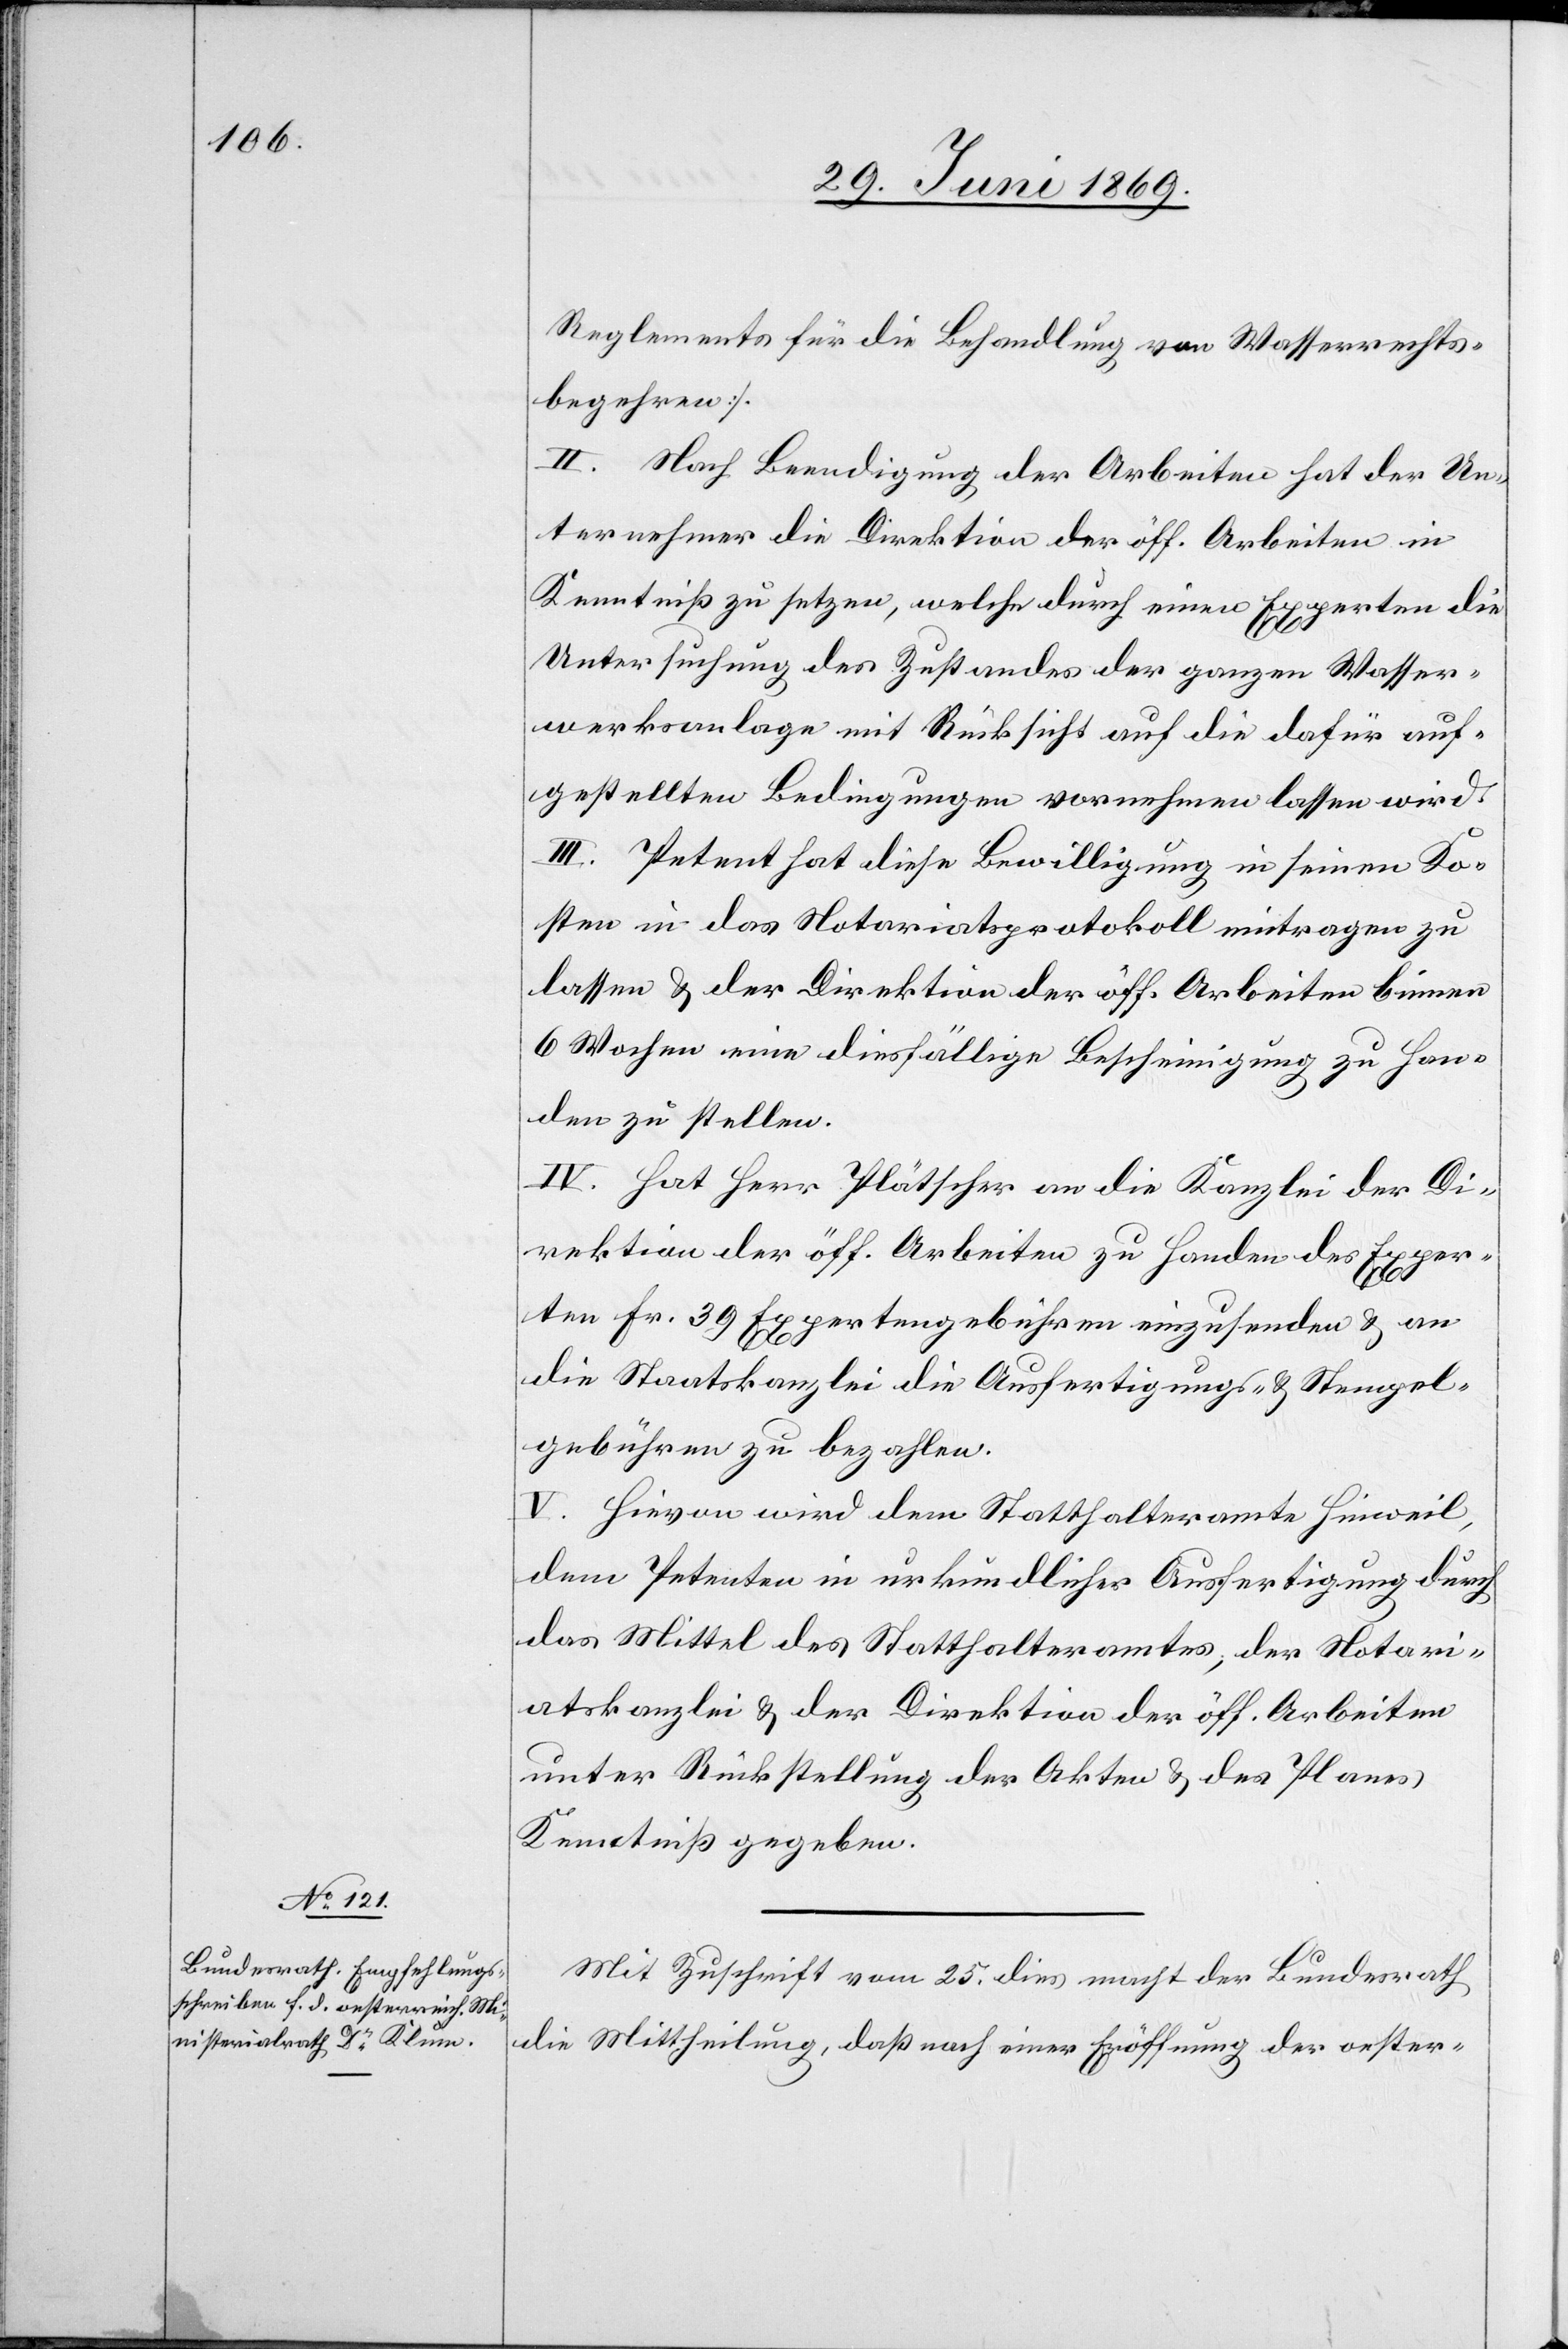
Reglements für die Behandlung von Wasserrechts¬
begehren].
II. Nach Beendigung der Arbeiten hat der Un¬
ternehmer die Direktion der öff. Arbeiten in
Kenntniß zu setzen, welche durch einen Experten die
Untersuchung des Zustandes der ganzen Wasser¬
werksanlage mit Rücksicht auf die dafür auf¬
gestellten Bedingungen vornehmen lassen wird.
III. Petent hat diese Bewilligung in seinen Ko¬
sten in das Notariatsprotokoll eintragen zu
lassen u. der Direktion der öff. Arbeiten binnen
6 Wochen eine diesfällige Bescheinigung zu Han¬
den zu stellen.
IV. Hat Herr Plätscher an die Kanzlei der Di¬
rektion der öff. Arbeiten zu Handen der Exper¬
ten Fr. 39 Expertengebühren einzusenden u. an
die Staatskanzlei die Ausfertigungs- u. Stempel¬
gebühren zu bezahlen.
V. Hievon wird dem Statthalteramte Hinweil,
dem Petenten in urkundlicher Ausfertigung durch
das Mittel des Statthalteramtes, der Notari¬
atskanzlei u. der Direktion der öff. Arbeiten
unter Rückstellung der Akten u. des Planes
Kenntniß gegeben.
Mit Zuschrift vom 25 dies macht der Bundesrath
die Mittheilung, daß nach einer Eröffnung der oester-